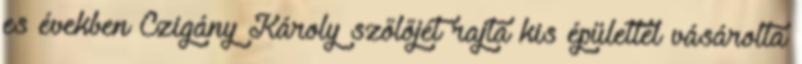
es években Czigány Károly szőlőjét rajta kis épülettel vásárolta